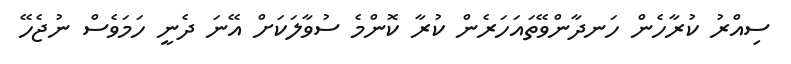
ސިއްރު ކުރާހެން ހަނދާންވޭތައަހަރެން ކުރާ ކޮންމެ ސުވާލަކަށް އޭނަ ދެނީ ހަމަވެސް ނުޖެހޭ